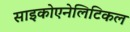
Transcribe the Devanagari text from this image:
साइकोएनेलिटिकल